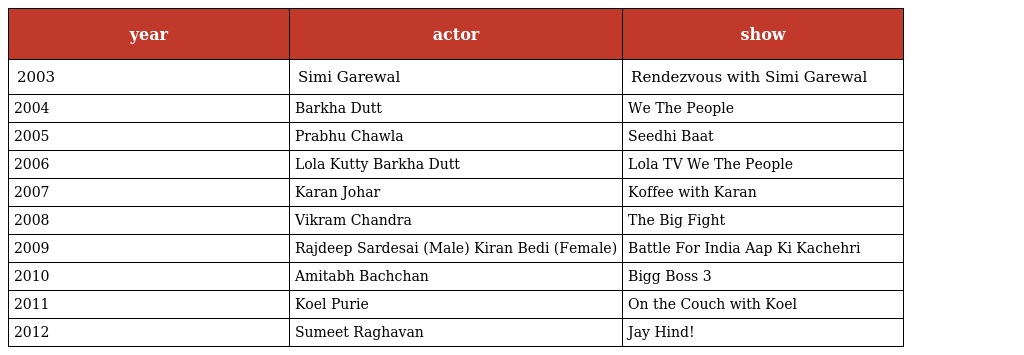
| year | actor | show |
 | --- | --- | --- |
 | 2003 | Simi Garewal | Rendezvous with Simi Garewal |
 | 2004 | Barkha Dutt | We The People |
 | 2005 | Prabhu Chawla | Seedhi Baat |
 | 2006 | Lola Kutty Barkha Dutt | Lola TV We The People |
 | 2007 | Karan Johar | Koffee with Karan |
 | 2008 | Vikram Chandra | The Big Fight |
 | 2009 | Rajdeep Sardesai (Male) Kiran Bedi (Female) | Battle For India Aap Ki Kachehri |
 | 2010 | Amitabh Bachchan | Bigg Boss 3 |
 | 2011 | Koel Purie | On the Couch with Koel |
 | 2012 | Sumeet Raghavan | Jay Hind! |